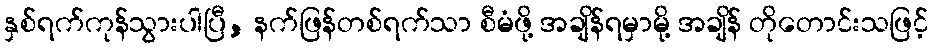
နှစ်ရက်ကုန်သွားပါပြီ, နက်ဖြန်တစ်ရက်သာ စီမံဖို့ အချိန်ရမှာမို့ အချိန် တိုတောင်းသဖြင့်